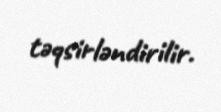
təqsirləndirilir.